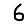
Digit: 6